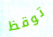
توقظ